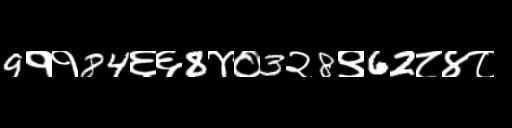
Text: 9११84६६8४०3२8९62८४८